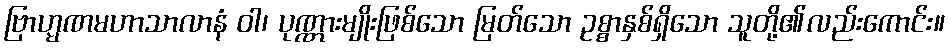
ဗြာဟ္မဏမဟာသာလာနံ ဝါ၊ ပုဏ္ဏားမျိုးဖြစ်သော မြတ်သော ဥစ္စာနှစ်ရှိသော သူတို့၏လည်းကောင်း။